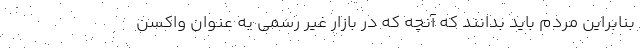
بنابراین مردم باید بدانند که آنچه که در بازار غیر رسمی به عنوان واکسن